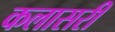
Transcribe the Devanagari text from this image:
कलासरी